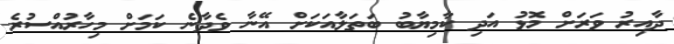
ދާއިރު ވަރަށް މޮޅު އަދި ކާމިޔާބު ބަތަލާއަކަށް އޭނާ ވެދާނެ ކަމަށް މިހާރުއްސުރެ